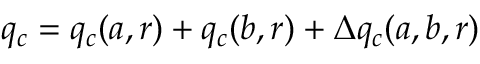
q _ { c } = q _ { c } ( a , r ) + q _ { c } ( b , r ) + \Delta q _ { c } ( a , b , r )